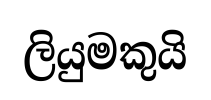
ලියුමකුයි